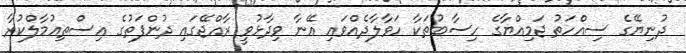
ދުނިޔޭގެ ސިއްހަތު ޖަމިއްޔާގެ ހިސާބުތަކާ ހަވާލާދެއްވައި އޭނާ ވިދާޅުވީ ރާއްޖޭގައި ދުންފަތުގެ އިސްތިއުމާލްކުރާ